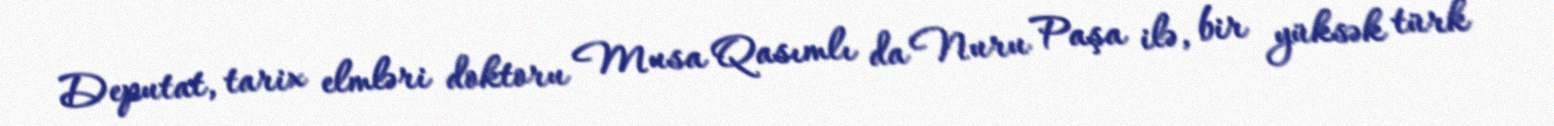
Deputat, tarix elmləri doktoru Musa Qasımlı da Nuru Paşa ilə, bir yüksək türk